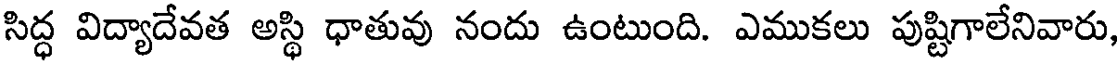
సిద్ధ విద్యాదేవత అస్థి ధాతువు నందు ఉంటుంది. ఎముకలు పుష్టిగాలేనివారు,